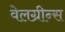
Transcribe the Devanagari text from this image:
वेलग्रीन्स